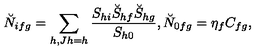
\breve { N } _ { i f g } = \sum _ { h , J h = h } \frac { S _ { h i } \breve { S } _ { h f } \breve { S } _ { h g } } { S _ { h 0 } } , \breve { N } _ { 0 f g } = \eta _ { f } C _ { f g } ,